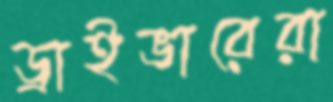
ড্রাইভারেরা